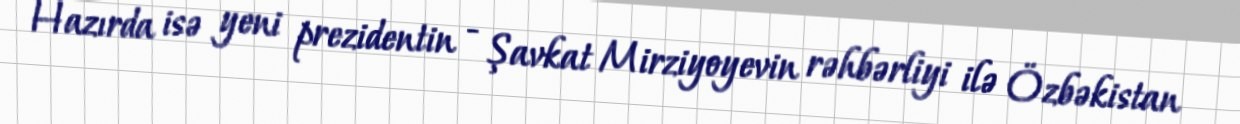
Hazırda isə yeni prezidentin - Şavkat Mirziyoyevin rəhbərliyi ilə Özbəkistan